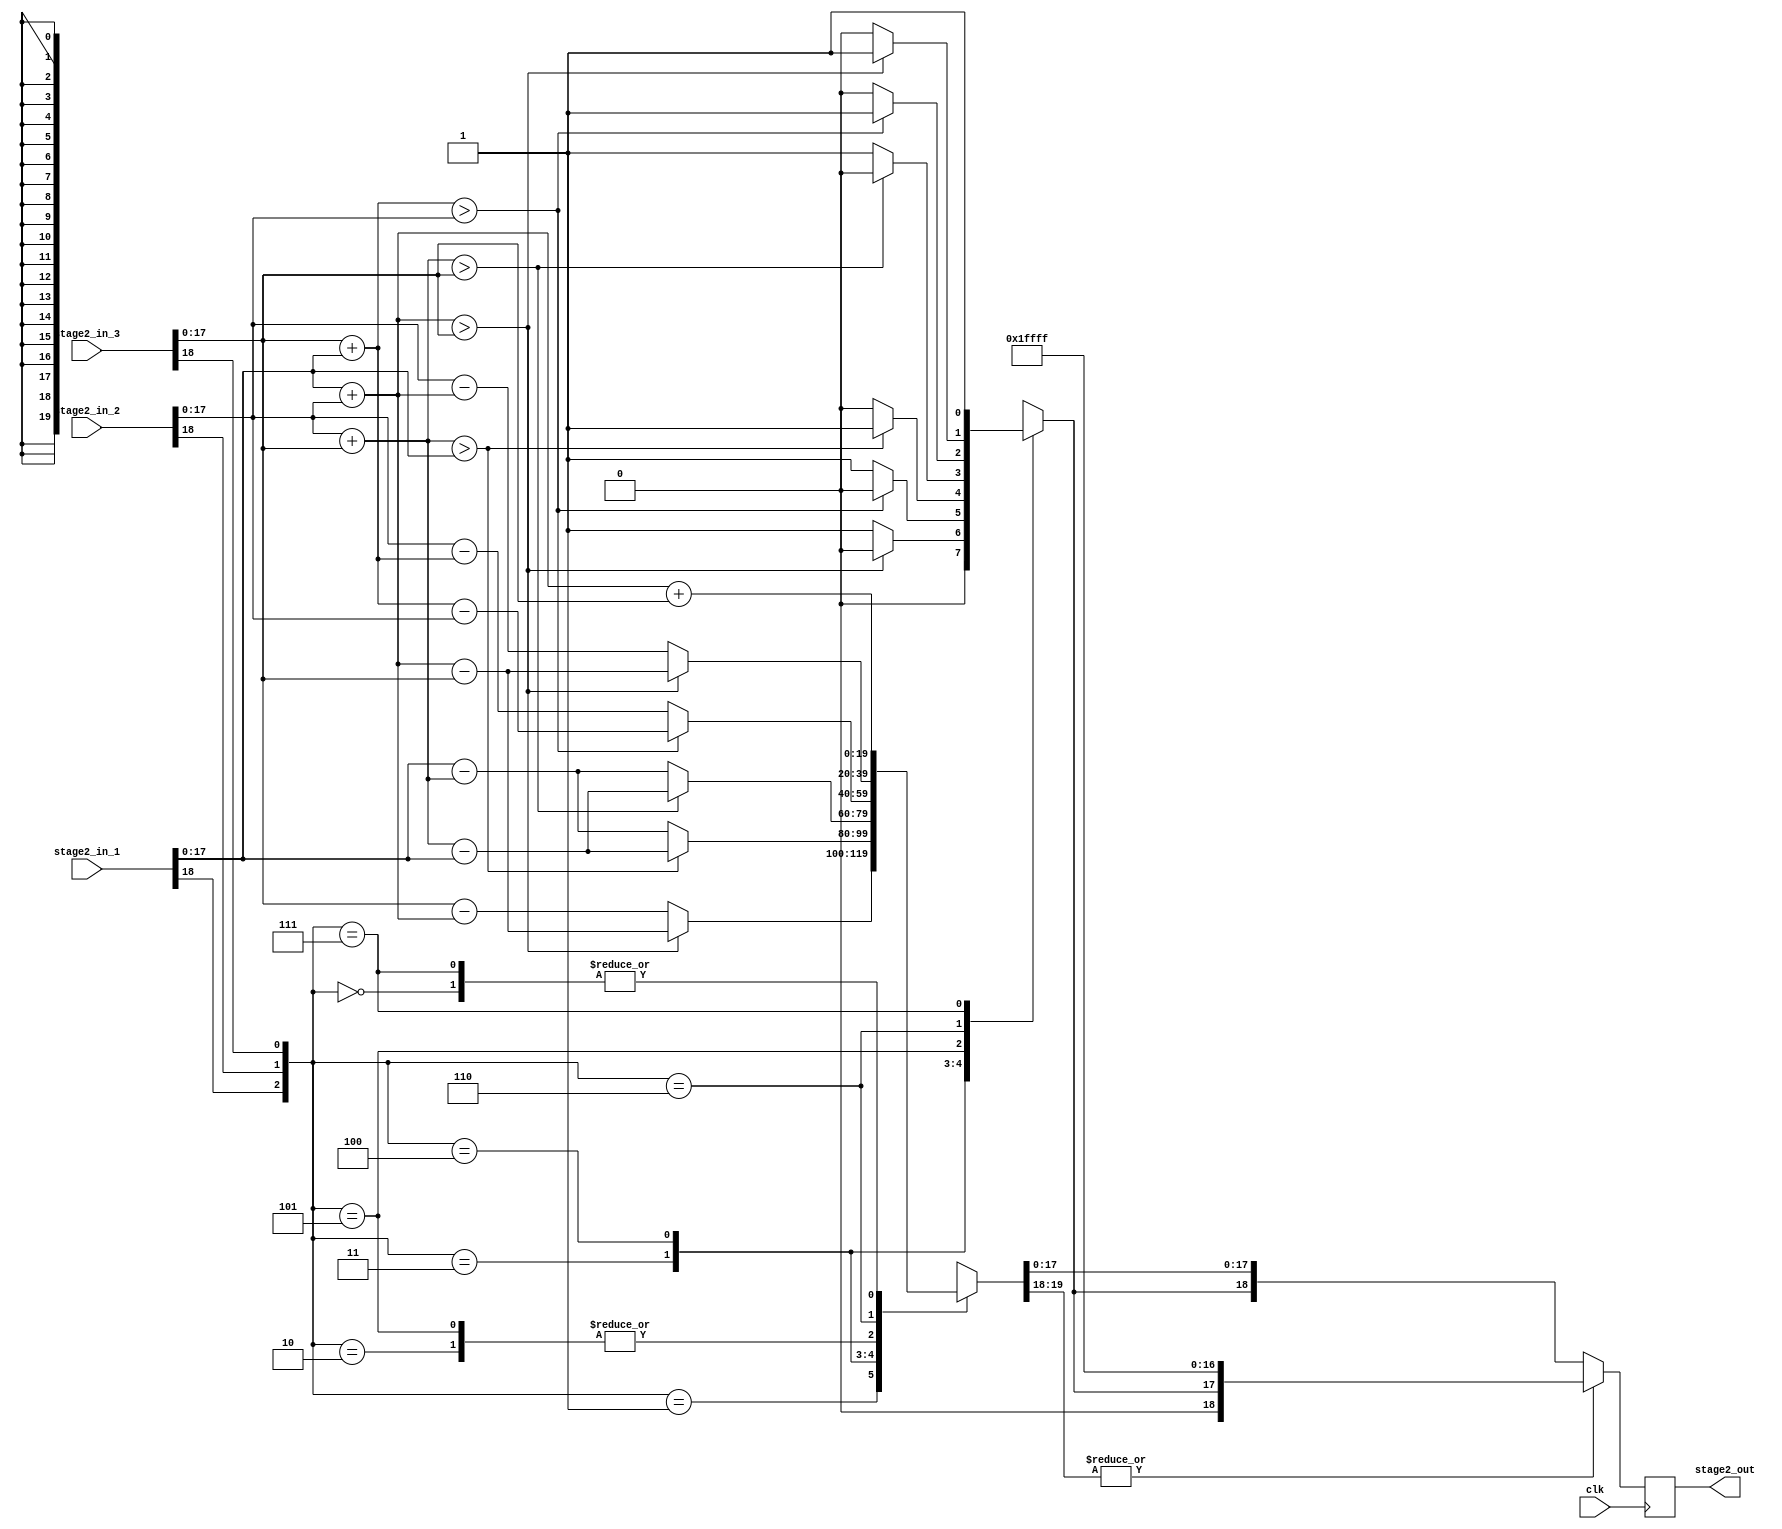
module dot_product_stage_2(stage2_in_1, stage2_in_2, stage2_in_3, clk, stage2_out);

  input [18:0] stage2_in_1;
  input [18:0] stage2_in_2;
  input [18:0] stage2_in_3;
  input clk;

  output [18:0] stage2_out;

  localparam ALL_POS = 3'b000;
  localparam Z_NEG   = 3'b001;
  localparam Y_NEG   = 3'b010;
  localparam YZ_NEG  = 3'b011;  //for use in case statement
  localparam X_NEG   = 3'b100;
  localparam XZ_NEG  = 3'b101;
  localparam XY_NEG  = 3'b110;
  localparam XYZ_NEG = 3'b111;

  reg [18:0] product_x;   
  reg [18:0] product_y;    //temporary reg to hold final value of product
  reg [18:0] product_z; 
    
  reg [18:0] temp_sum_xy;    //temporary reg to hold value of sum of two no.s
  reg [18:0] temp_sum_yz;    //19 bits for magnitude only
  reg [18:0] temp_sum_xz;    //sum of 3 n bit numbers gives a result of (n+2) bits at max
    
  reg [20:0] temp_sum;  //to temporarily hold the final value of the addition stage
  reg [18:0] temp_out;
  reg [18:0] final_temp_out;
    
  reg [2:0] concatenated_sign_bits; //for use in case statement

  always @ *
    begin: ADDITION   //WARNING: sizes of the terms being compared might be bugged
      product_x[18:0] = stage2_in_1;
      product_y[18:0] = stage2_in_2;
      product_z[18:0] = stage2_in_3;
    
      concatenated_sign_bits[2:0] = {product_x[18], product_y[18], product_z[18]};
    
      temp_sum_xy[18:0] = product_x[17:0] + product_y[17:0]; 
      temp_sum_yz[18:0] = product_y[17:0] + product_z[17:0];   //magnitude only 
      temp_sum_xz[18:0] = product_z[17:0] + product_x[17:0];
    
      case (concatenated_sign_bits[2:0])
        ALL_POS: begin
                   temp_sum[19:0] = product_x[17:0] + product_y[17:0] + product_z[17:0];
                   temp_sum[20] = 1'b0; //sign bit = 0 (+ve)
                 end  // ALL_POS 
    
        Z_NEG:   begin
                   if(temp_sum_xy[18:0] > product_z[17:0])
                     begin
                       temp_sum[19:0] = temp_sum_xy[18:0] - product_z[17:0];
                       temp_sum[20] = 1'b0; //sign bit = 0 (+ve)
                     end
                        
                   else /* (temp_sum_xy[18:0] < product_z[17:0]) */  
                     begin
                       temp_sum[19:0] = product_z[17:0] - temp_sum_xy[18:0];
                       temp_sum[20] = 1'b1; //sign bit = 1 (1-e)
                     end
                 end  // Z_NEG
    
        Y_NEG:   begin
                   if(temp_sum_xz[18:0] > product_y[17:0])
                     begin
                       temp_sum[19:0] = temp_sum_xz[18:0] - product_y[17:0];
                       temp_sum[20] = 1'b0; //sign bit = 0 (+ve)
                     end 
    
                   else /* (temp_sum_xz[18:0] < product_y[17:0]) */  
                     begin
                       temp_sum[19:0] = product_y[17:0] - temp_sum_xz[18:0];
                       temp_sum[20] = 1'b1; //sign bit = 1 (-ve)
                     end
                 end  // Y_NEG
    
        YZ_NEG:  begin
                   if(temp_sum_yz[18:0] > product_x[17:0])
                     begin
                       temp_sum[19:0] = temp_sum_yz[18:0] - product_x[17:0];
                       temp_sum[20] = 1'b1; //sign bit = 1 (-ve)
                     end
    
                   else /* (temp_sum_yz[18:0] < product_x[17:0] */ 
                     begin
                       temp_sum[19:0] = product_x[17:0] - temp_sum_yz[18:0];
                       temp_sum[20] = 1'b0; //sign bit = 0 (+ve)
                     end
                 end  // YZ_NEG
                                
        X_NEG:   begin
                   if(temp_sum_yz[18:0] > product_z[17:0])
                     begin
                       temp_sum[19:0] = temp_sum_yz[18:0] - product_x[17:0];
                       temp_sum[20] = 1'b0; //sign bit = 0 (+ve)
                     end
    
                   else /* (temp_sum_yz[18:0] < product_x[17:0]) */  
                     begin
                       temp_sum[19:0] = product_x[17:0] - temp_sum_yz[18:0];
                       temp_sum[20] = 1'b1; //sign bit = 1 (-ve)
                     end
                 end  // X_NEG
    
        XZ_NEG:  begin
                   if(temp_sum_xz[18:0] > product_y[17:0])
                     begin
                       temp_sum[19:0] = temp_sum_xz[18:0] - product_y[17:0];
                       temp_sum[20] = 1'b1; //sign bit = 1 (-ve)
                     end
    
                   else /* (temp_sum_xz[18:0] < product_y[17:0] */ 
                     begin
                       temp_sum[19:0] = product_y[17:0] - temp_sum_xz[18:0];
                       temp_sum[20] = 1'b0; //sign bit = 0 (+ve)
                     end
                 end  // XZ_NEG
    
        XY_NEG:  begin
                   if(temp_sum_xy[18:0] > product_z[17:0])
                     begin
                       temp_sum[19:0] = temp_sum_xy[18:0] - product_z[17:0];
                       temp_sum[20] = 1'b1; //sign bit = 1 (-ve)
                     end
    
                   else /* (temp_sum_xy[18:0] < product_z[17:0] */ 
                     begin
                       temp_sum[19:0] = product_y[17:0] - temp_sum_xy[18:0];
                       temp_sum[20] = 1'b0; //sign bit = 0 (+ve)
                     end
                 end  // XY_NEG
        
        XYZ_NEG: begin
                   temp_sum[19:0] = product_x[17:0] + product_y[17:0] + product_z[17:0];
                   temp_sum[20] = 1'b1; //sign bit = 1 (-ve)
                 end
      endcase  // concatenated_sign_bits[2:0]
    
      //OVERFLOW HANDLER
      if(|temp_sum[19:18] == 1)                         //overflow occurs
        begin
          temp_out[18:0] = {temp_sum[20], {17{1'b1}}}; 
        end
    
      else /* (|temp_sum[19:18] == 0) */               //no overflow occurs
        begin
          temp_out[18:0] = {temp_sum[20], temp_sum[17:0]};  
        end

    end //ADDITION

  always @ (posedge clk)
    begin : STAGE2_TIMING_CONTROL
      final_temp_out[18:0] <= temp_out[18:0];
    end //STAGE2_TIMING_CONTROL

  assign stage2_out[18:0] = final_temp_out[18:0];
endmodule